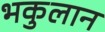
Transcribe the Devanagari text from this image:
भकुलान